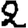
Digit: 2